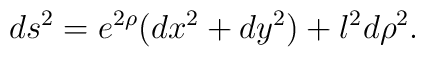
ds^2 = e^{2\rho} (dx^2 + dy^2) + l^2d\rho^2.